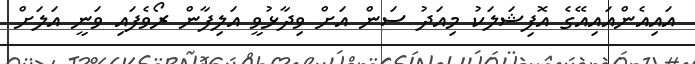
އައިއެންއައިއޭގެ އޮފިޝަލަކު މިއަދު ސަން އަށް ވިދާޅުވީ އަލިފާން ރޯވެފައި ވަނީ އަލަށް